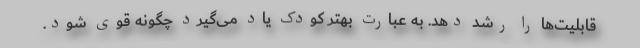
قابلیت‌ها را رشد دهد. به عبارت بهتر کودک یاد می‌‌گیرد چگونه قوی شود.